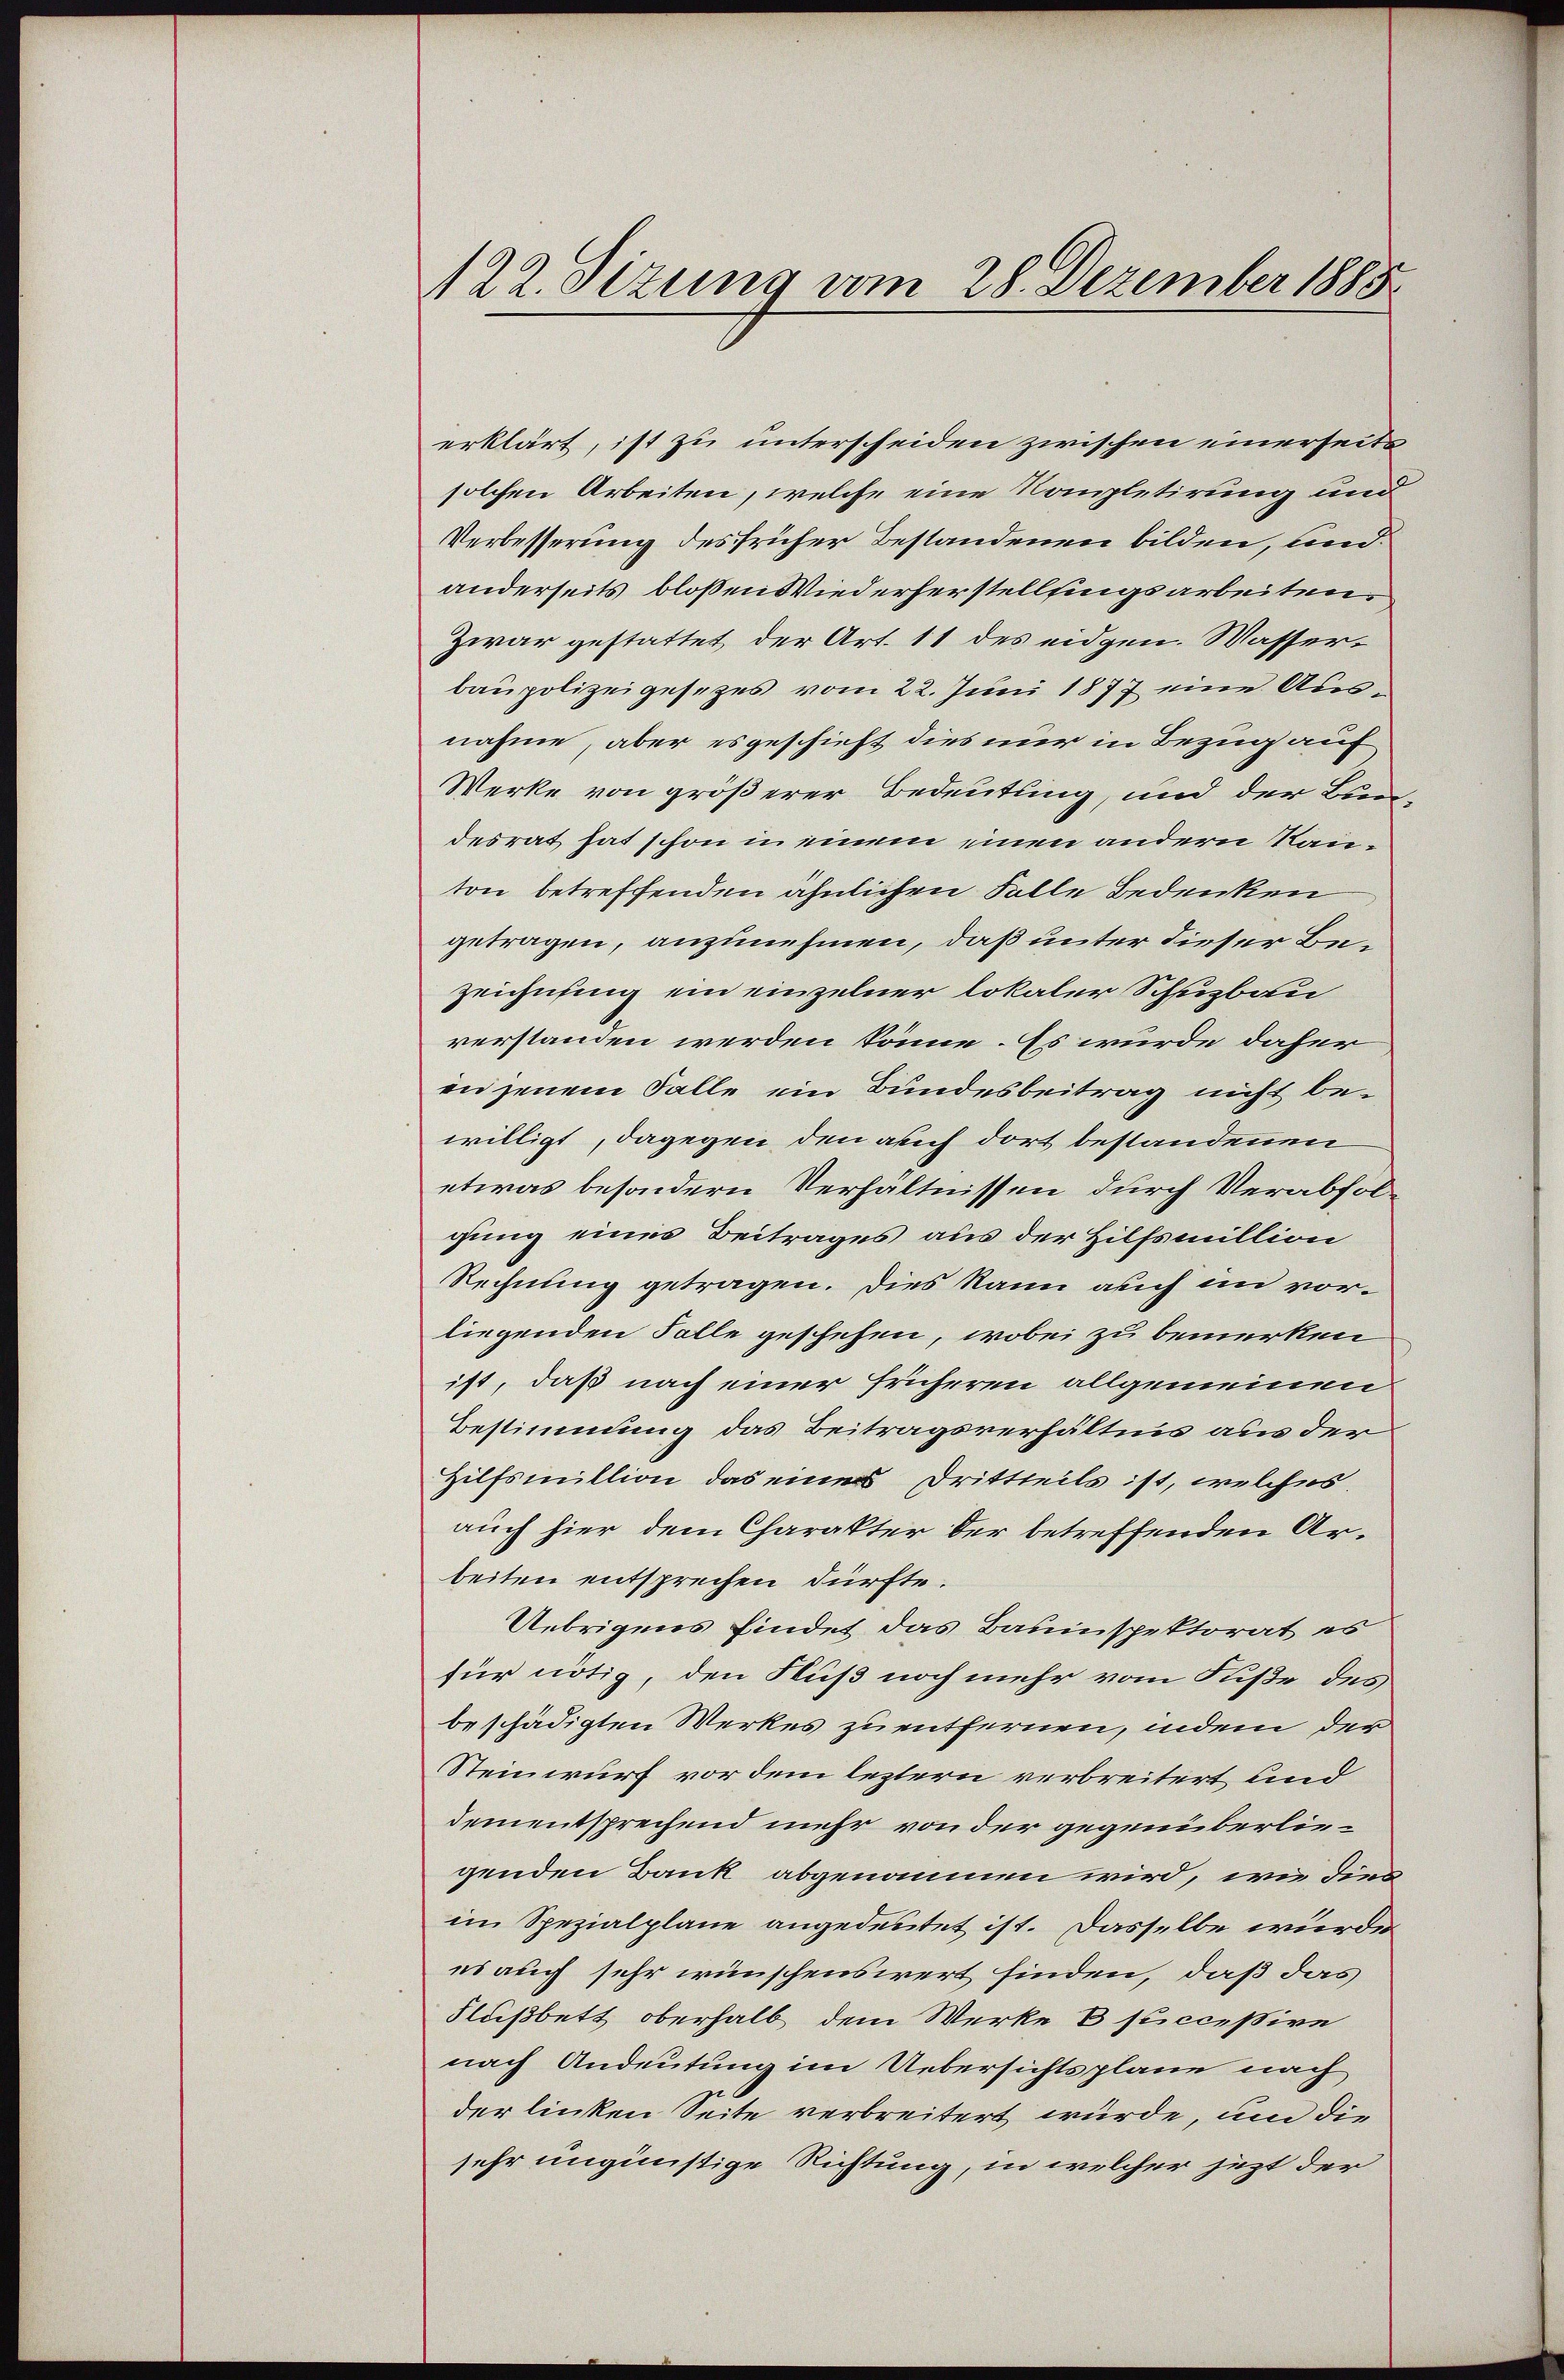
122. Sizung vom 28. Dezember 1885

erklärt, ist zu unterscheiden zwischen einerseits
solchen Arbeiten, welche eine Kompletirung und
Verbesserung des früher Bestandenen bilden, und
anderseits bloßen Wiederherstellingsarbeiten.
Zwar gestattet, der Art. 11 des eidgen. Wasserbaupolizeigesezes vom 22. Juni 1877 eine Ausnahme, aber es geschieht dies nur in Bezug auf
Werke von größerer Bedeutung, und der Bundesrat hat schon in einem einen andern Rauton betreffenden ähnlichen Falle Bedenken
getragen, anzunehmen, daß unter dieser Bezeichnung ein einzelner lokaler Schuzbau
verstanden werden könne. Es wurde daher
en jenem Falle ein Bundesbeitrag nicht bewilligt, dagegen den auch dort bestandenen
etwas besondern Verhältnissen durch Verabfolgung eines Beitrages aus der Hilfsmillion
Rechnung getragen. Dies kann auch in vorliegenden Falle geschehen, wobei zu bemerken
ist, daß nach einer früheren allgemeinen
Bestimmung das Beitragsverhältnis aus der
Hilfsmillion das eines Drittheils ist, welches
auch hier dem Charakter der betreffenden Arbeiten entsprechen dürfte.
Uebrigens findet das Bauinspektorat es
für nötig, den Fluß noch mehr vom Fiße des
beschädigten Werkes zu entfernen, indem der
Steinwurf vor dem leztern verbreitert und
dementsprechend mehr von der gegenüberliegenden Bank abgenommen wird, wie die
im Spezialplane angedeutet ist. Dasselbe wurde
es auch sehr wünschenswert finden, daß das
Flußbett oberhalb dem Werke B succeßive
nach Andeutung im Uebersichtsplane nach
der linken Seite verbreitert würde, um die
sehr ungünstige Richtung, in welcher jezt der